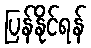
ပြန်နိုင်ရန်